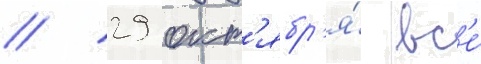
// 29 окт'ябр'я́ вс'е́